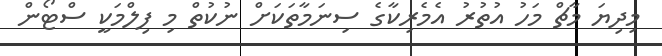
މިދިޔަ މާޗް މަހު އުތުރު އެމެރިކާގެ ސިނަމާތަކަށް ނުކުތް މި ފިލްމަކީ ސްޓޯން